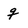
Character: g